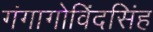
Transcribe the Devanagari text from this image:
गंगागोविंदसिंह